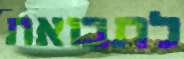
לתבואת